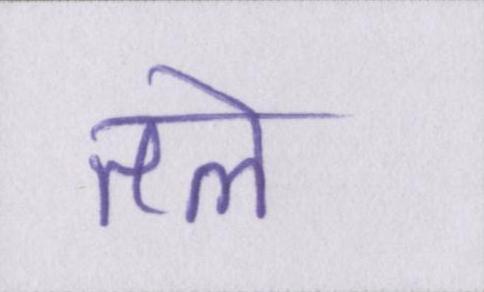
तले